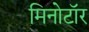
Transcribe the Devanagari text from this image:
मिनोटॉर